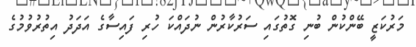
މަރުކަޒީ ބޭންކުން ބުނި ގޮތުގައި ސަރުކާރުން ނުދައްކަ ހުރި ފައިސާގެ އަދަދު އިތުރުވުމުގެ